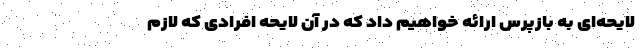
لایحه‌ای به بازپرس ارائه خواهیم داد که در آن لایحه افرادی که لازم